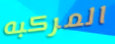
المركبه